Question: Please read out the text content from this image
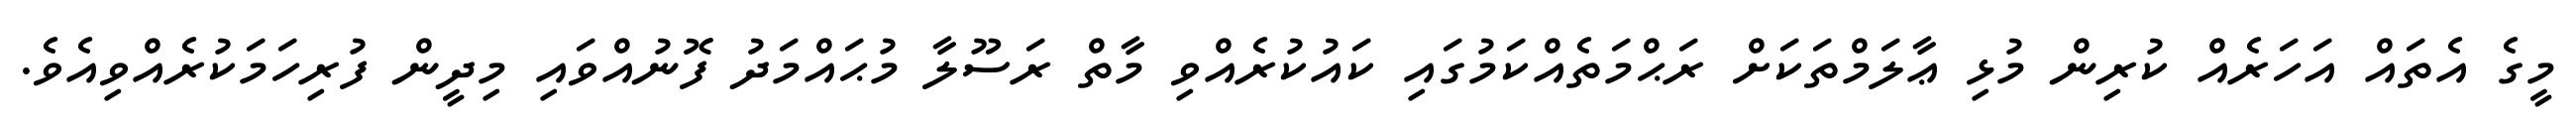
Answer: މީގެ އެތައް އަހަރެއް ކުރިން މުޅި ޢާލަމްތަކަށް ރަޙްމަތެއްކަމުގައި ކައުކުރެއްވި މާތް ރަސޫލާ މުޙައްމަދު ފޮނުއްވައި މިދީން ފުރިހަމަކުރެއްވިއެވެ.